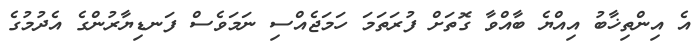
އެ އިންތިޚާބު އިއްޔެ ބާއްވާ ގޮތަށް ފުރަތަމަ ހަމަޖެއްސި ނަމަވެސް ފަނޑިޔާރުންގެ އެދުމުގެ